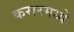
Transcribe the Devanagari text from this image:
करारमध्ये